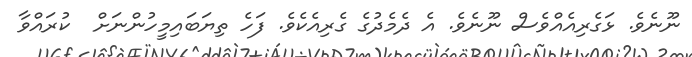
ނޫނެވެ. ޅަގެރިއެއްވެސް ނޫނެވެ. އެ ދެމެދުގެ ގެރިއެކެވެ. ފަހެ ތިޔަބައިމީހުންނަށް  ކުރައްވާ